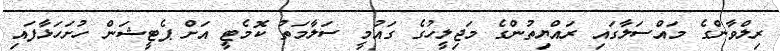
ރިލްވާންގެ މައްސަލާގައި ރައްޔިތުންގެ މަޖިލީހުގެ ގައުމީ ސަލާމަތު ކޮމެޓީ އަށް ޕެޓީޝަން ހުށަހަޅާފައި